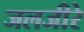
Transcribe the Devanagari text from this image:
जलजीरे